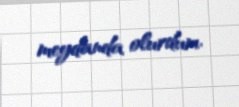
meydanda olurdum.